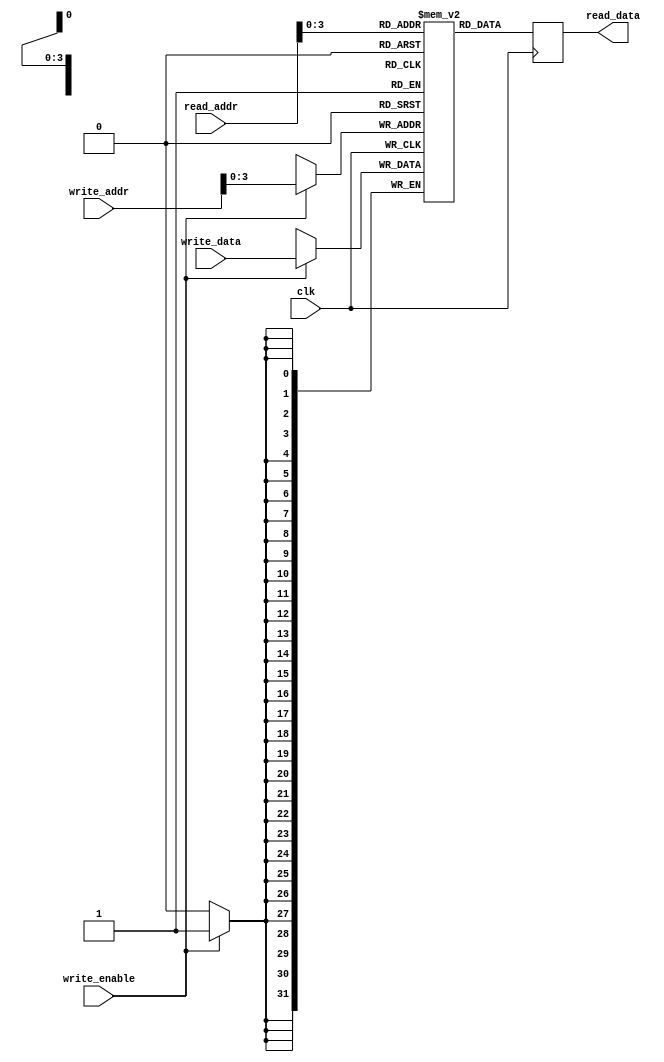
module register_file (
    input wire clk,
    input wire [7:0] read_addr,
    input wire [7:0] write_addr,
    input wire [31:0] write_data,
    input wire write_enable,
    output reg [31:0] read_data
);

parameter NUM_REGISTERS = 16;
parameter REGISTER_WIDTH = 32;

reg [31:0] registers [0:NUM_REGISTERS-1];

always @(posedge clk) begin
    if (write_enable) begin
        registers[write_addr] <= write_data;
    end
    read_data <= registers[read_addr];
end

endmodule